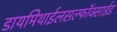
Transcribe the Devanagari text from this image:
डायमिथाईलसल्फॉक्साईड